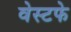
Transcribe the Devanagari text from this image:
वेस्टफे